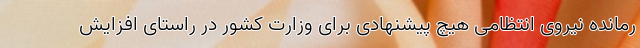
رمانده نیروی انتظامی هیچ پیشنهادی برای وزارت کشور در راستای افزایش